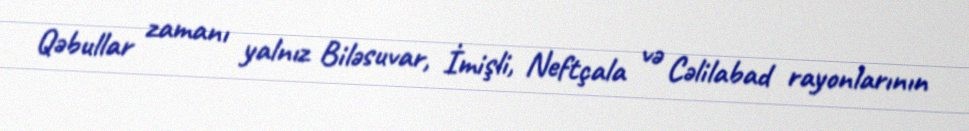
Qəbullar zamanı yalnız Biləsuvar, İmişli, Neftçala və Cəlilabad rayonlarının